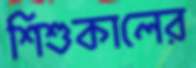
শিশুকালের